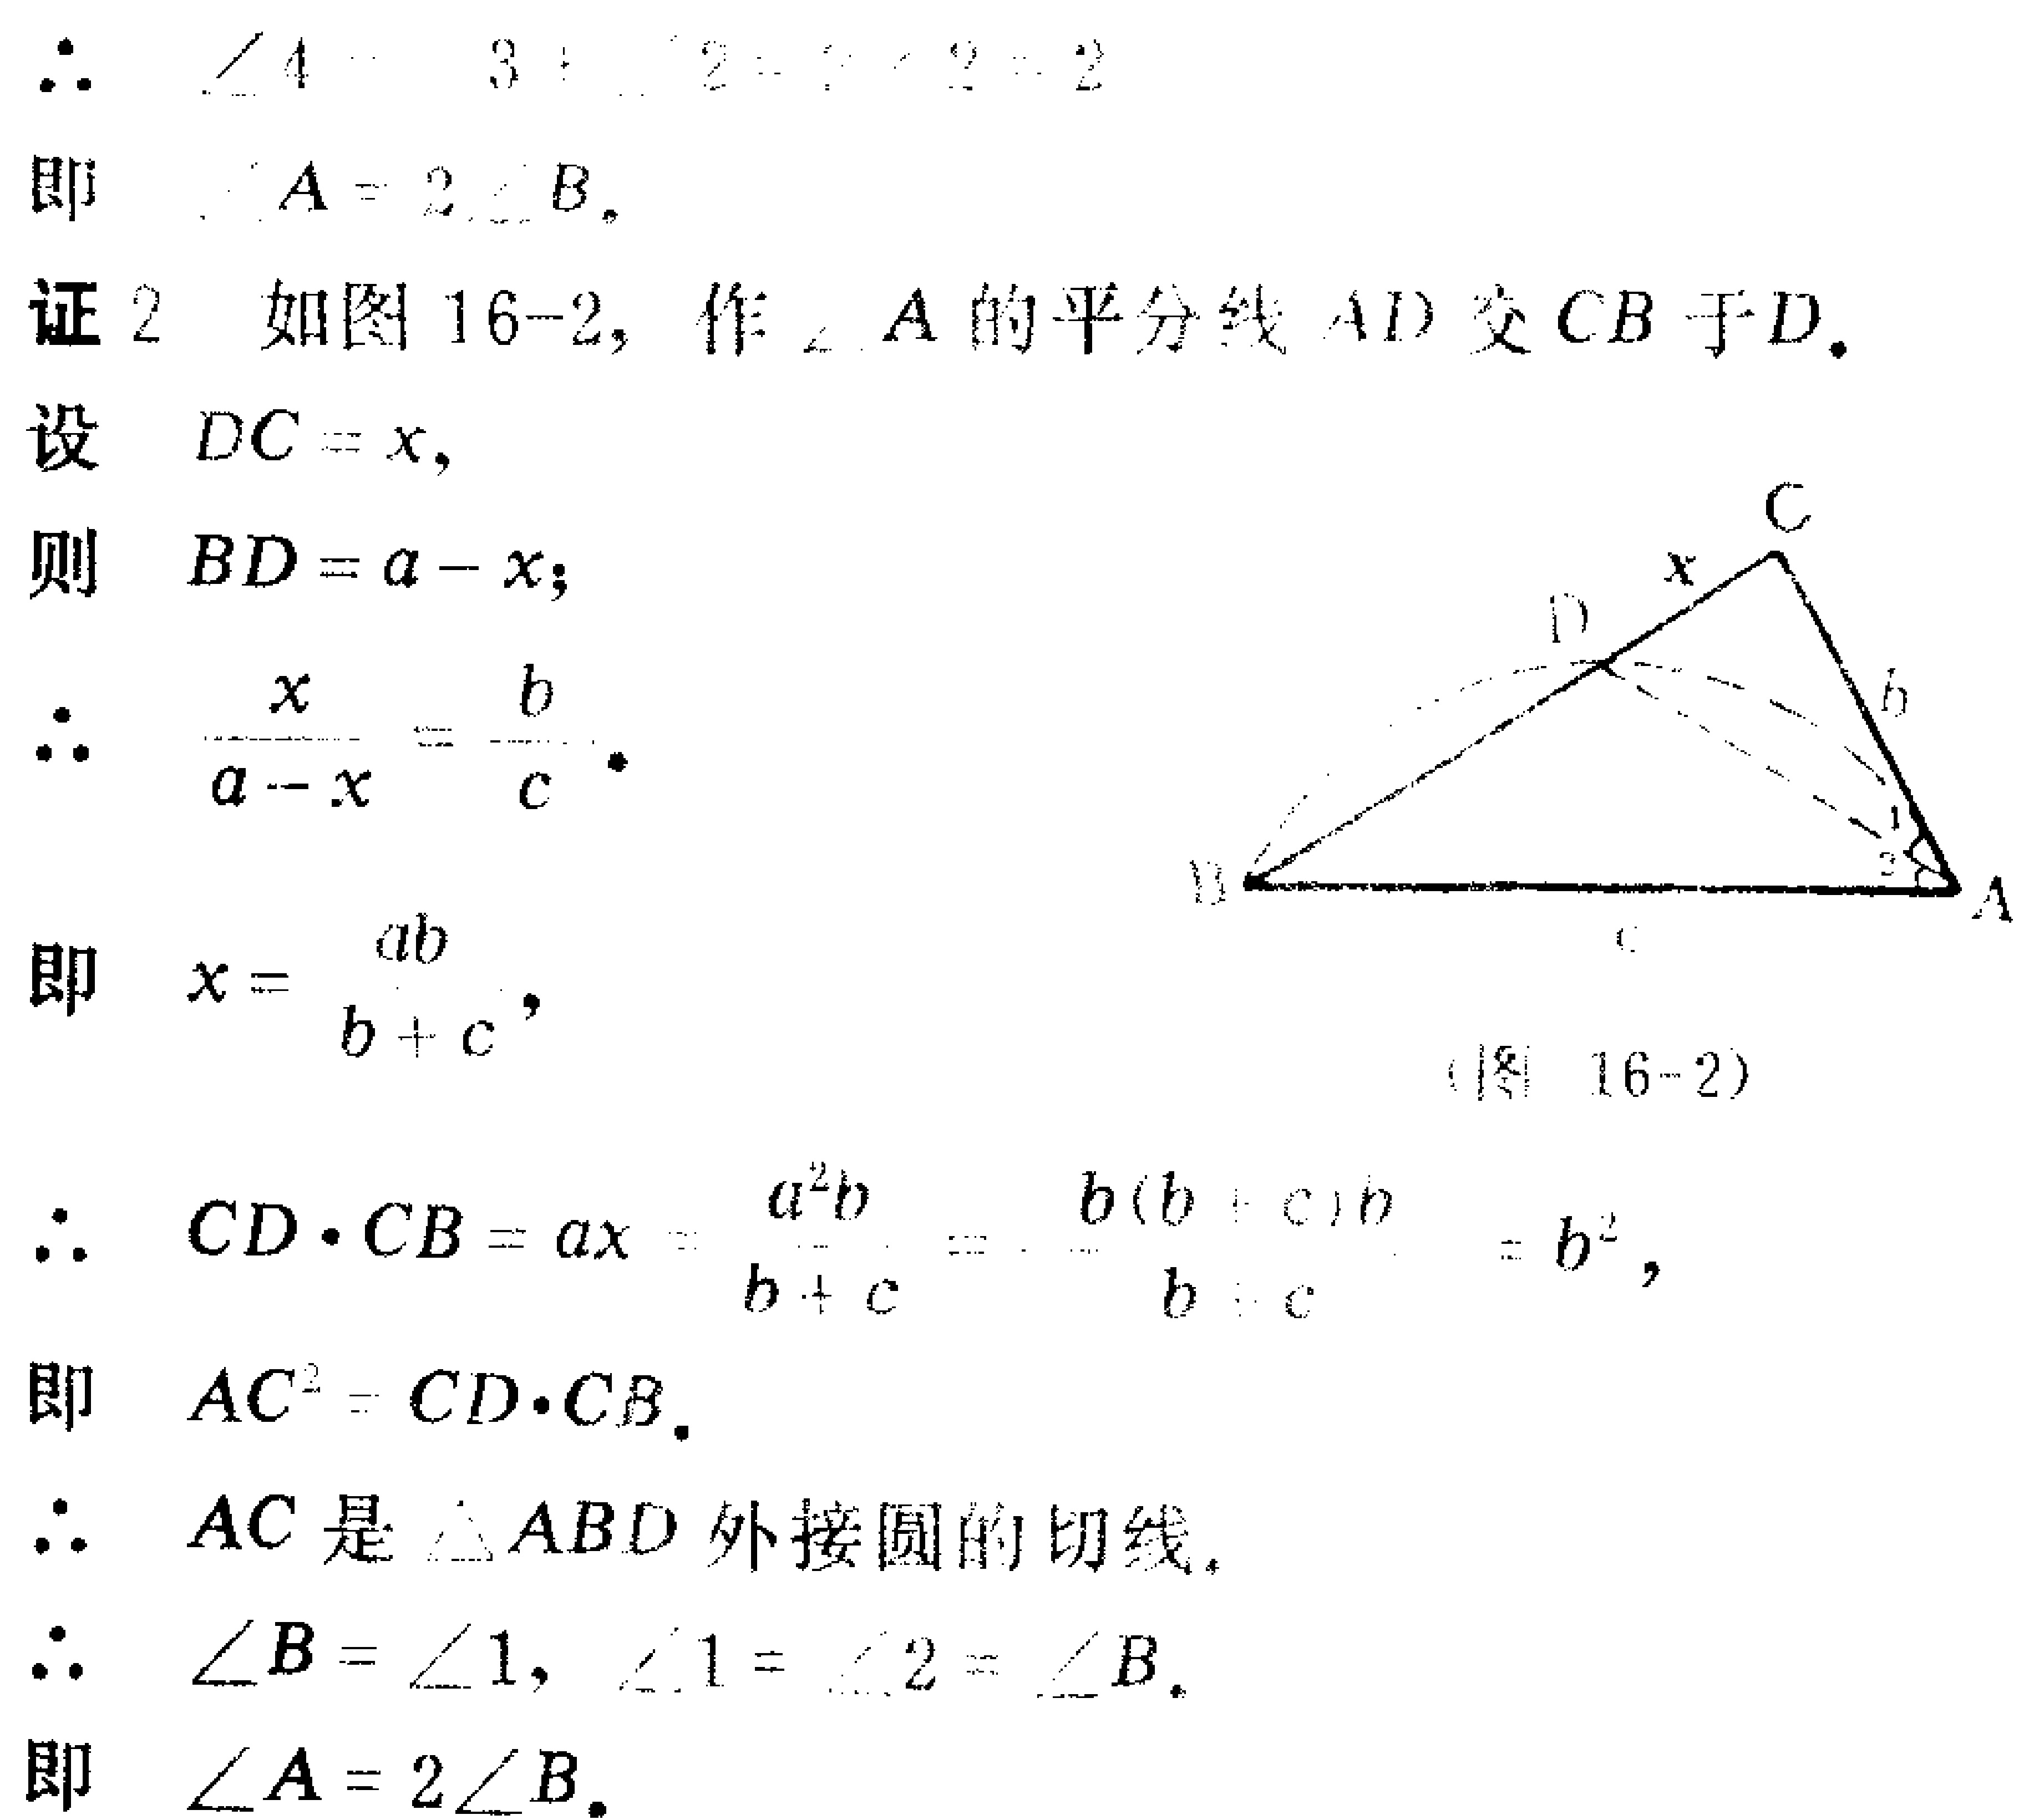
证 2 如图 16-2, 作$\angle A$的平分线$AD$交$CB$于$D$.

设 \(DC = x\),

则 \(BD=a - x\);

\(\therefore \frac{x}{a - x}=\frac{b}{c}\).

即 \(x = \frac{ab}{b + c}\),

\(\therefore CD\cdot CB=ax=\frac{a^{2}b}{b + c}=\frac{b(b + c)b}{b + c}=b^{2}\),

即 \(AC^{2}=CD\cdot CB\).

\(\therefore AC\)是\(\triangle ABD\)外接圆的切线.

\(\therefore \angle B=\angle 1,\angle 1=\angle 2=\angle B\).

即 \(\angle A = 2\angle B\).